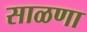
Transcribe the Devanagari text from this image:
साळणा